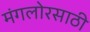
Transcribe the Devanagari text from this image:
मंगलोरसाठी